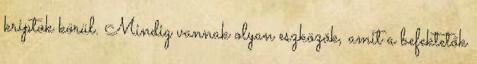
kriptok körül. Mindig vannak olyan eszközök, amit a befektetők